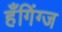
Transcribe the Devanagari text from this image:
हँगिंग्ज